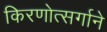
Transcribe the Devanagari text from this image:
किरणोत्‍सर्गाने